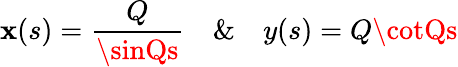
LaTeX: \mathbf{x}(s)=\frac{{Q}}{{\sinQs}}\ \ \ \ \& \ \ \ \ y(s)=Q\cotQs